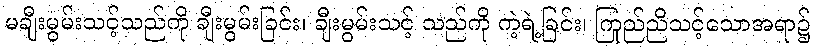
မချီးမွမ်းသင့်သည်ကို ချီးမွမ်းခြင်း၊ ချီးမွမ်းသင့် သည်ကို ကဲ့ရဲ့ခြင်း၊ ကြည်ညိုသင့်သောအရာ၌